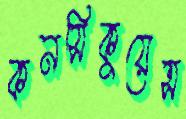
কনসিকুয়েন্স